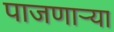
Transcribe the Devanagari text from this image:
पाजणाऱ्या